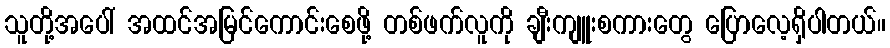
သူတို့အပေါ် အထင်အမြင်ကောင်းစေဖို့ တစ်ဖက်လူကို ချီးကျူးစကားတွေ ပြောလေ့ရှိပါတယ်။